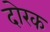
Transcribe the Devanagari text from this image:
दोरक